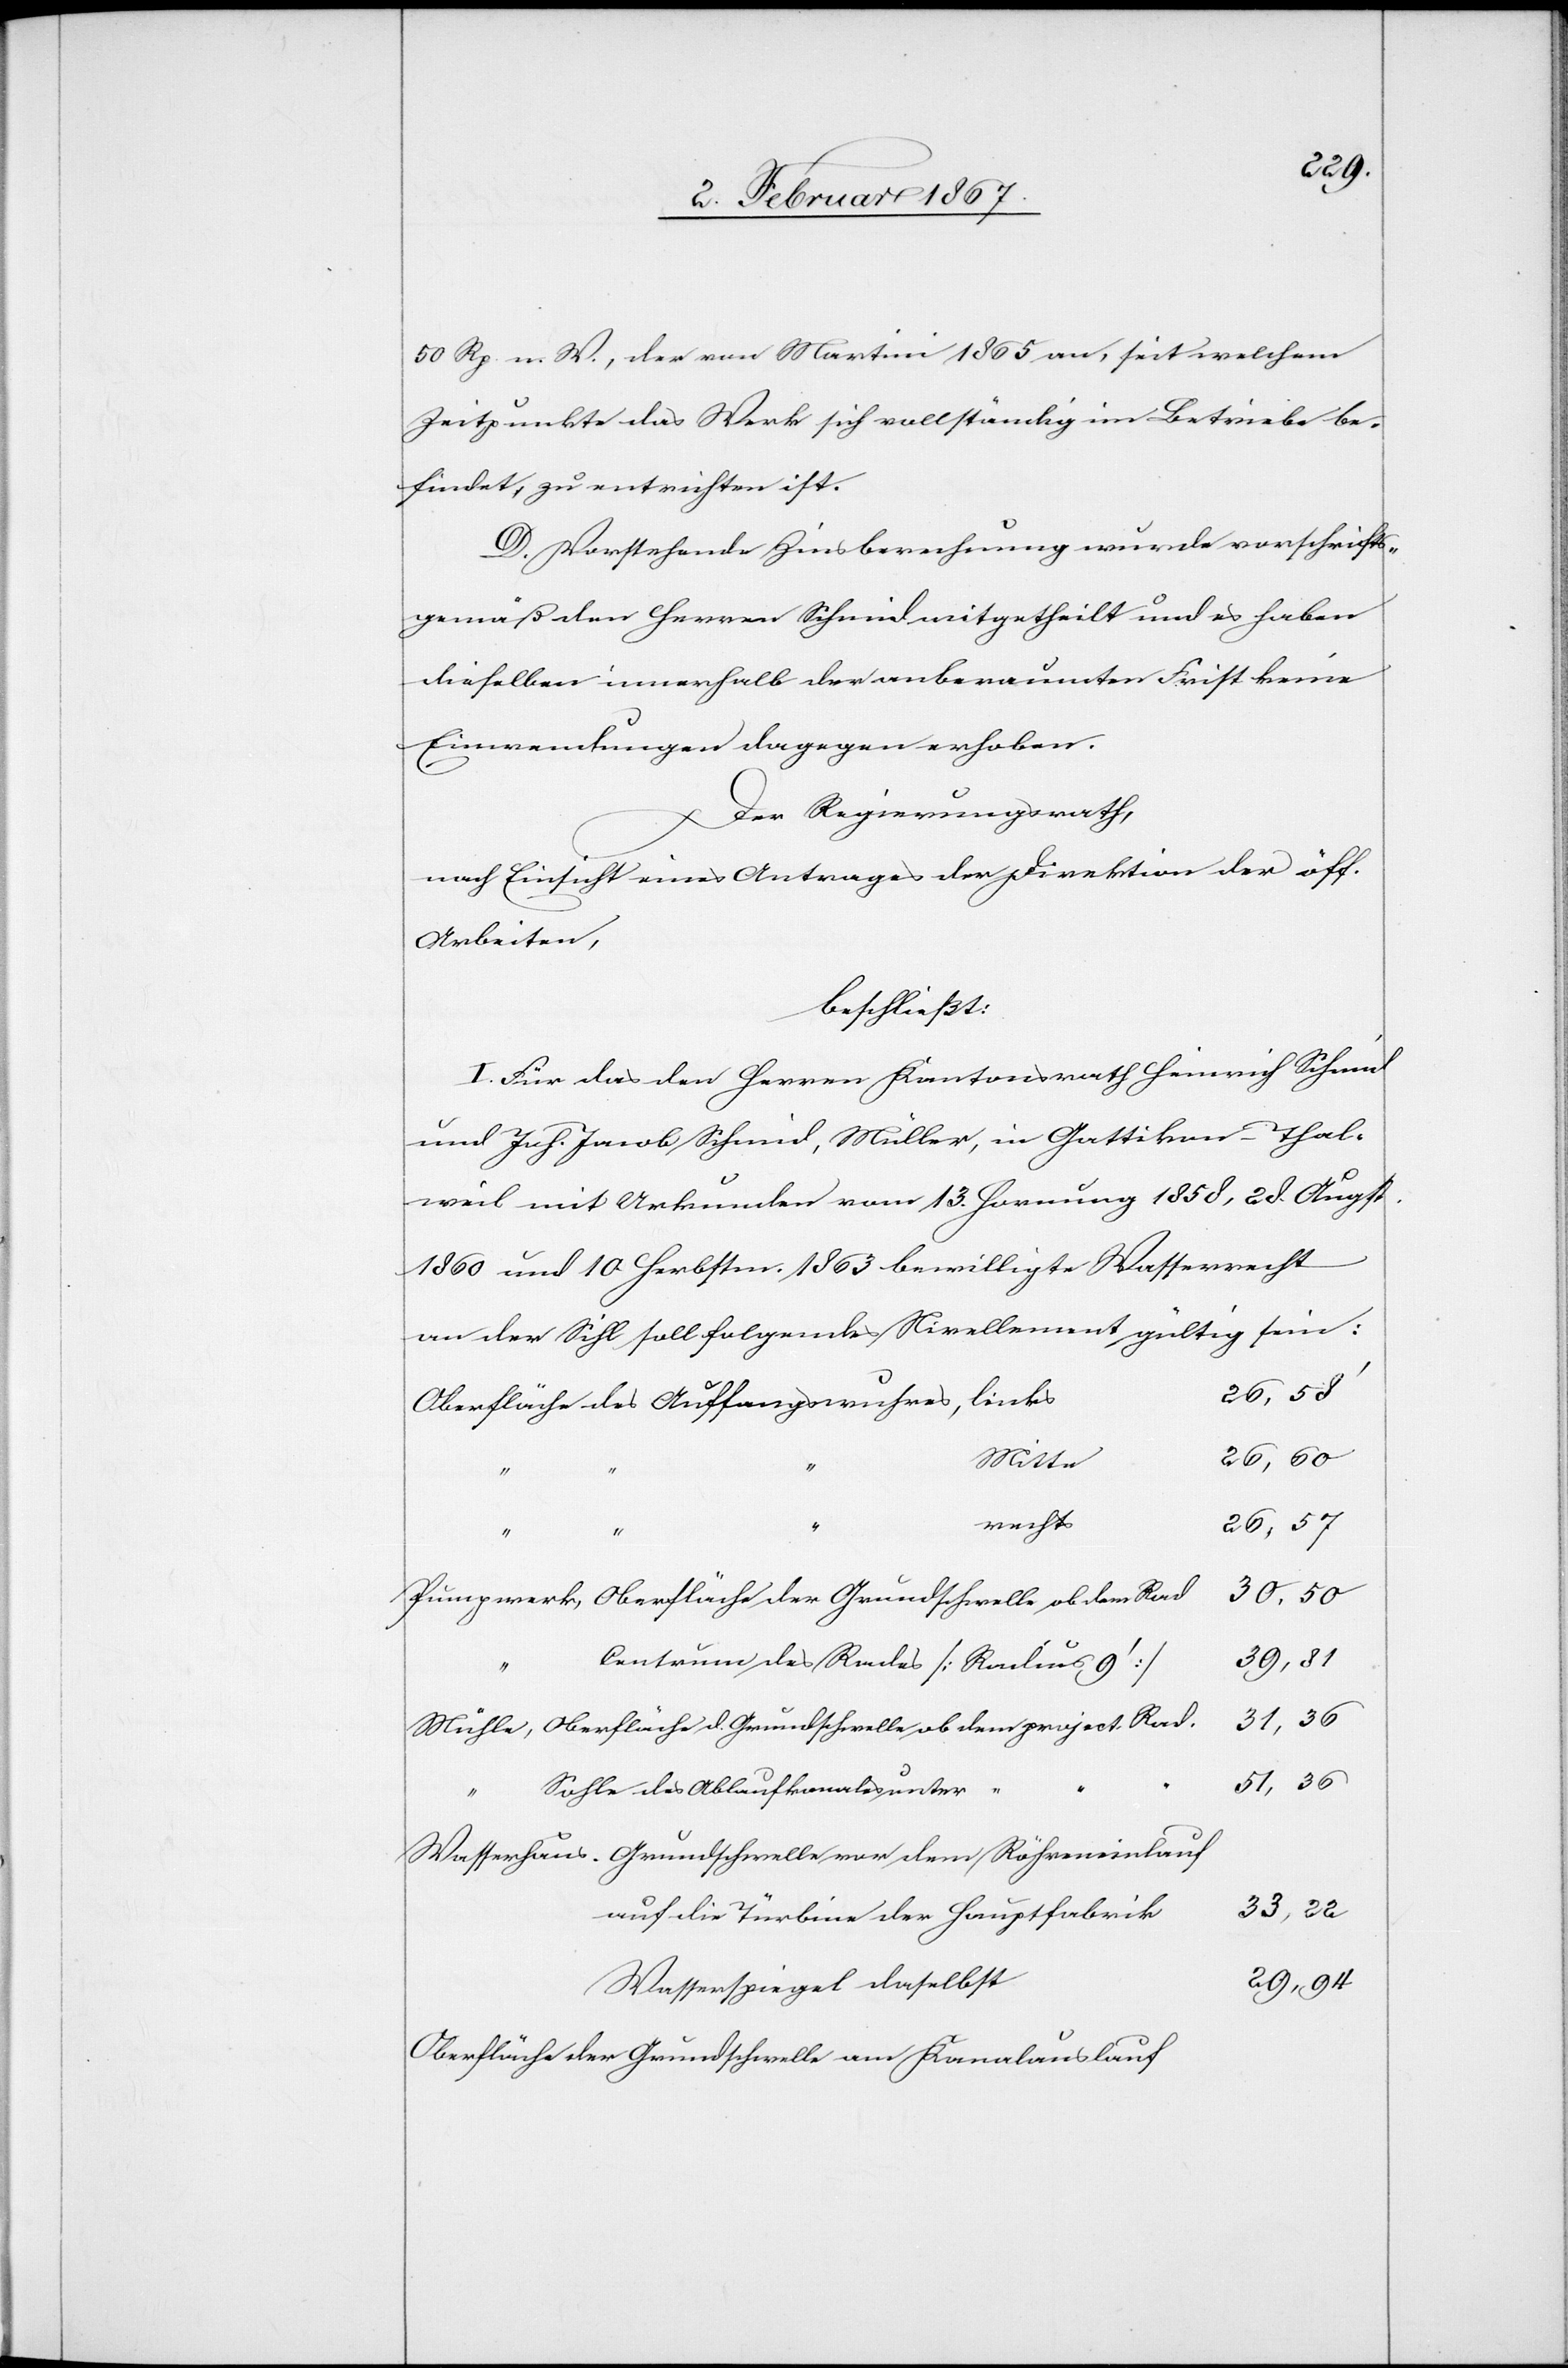
50 Rp. n. W., der von Martini 1865 an, seit welchem
Zeitpunkte das Werk sich vollständig im Betriebe be¬
findet, zu entrichten ist.
D. Vorstehende Zinsberechnung wurde vorschrifts¬
gemäß den Herren Schmid mitgetheilt und es haben
dieselben innerhalb der anberaumten Frist keine
Einwendungen dagegen erhoben.
Der Regierungsrath,
nach Einsicht eines Antrages der Direktion der öff.
Arbeiten,
beschließt:
I. Für das den Herren Kantonsrath Heinrich Schmid
und Joh. Jacob Schmid, Müller, in Gattikon-Thal¬
weil mit Urkunde vom 13. Hornung 1858, 28. Augst.
1860 und 10. Herbstm. 1863 bewilligte Wasserrecht
an der Sihl soll folgendes Nivellement gültig sein:
Oberfläche des Auffangswuhres,
Pumpwerk, Oberfläche der Grundschwelle ob dem
Centrum des Rades [Radius
Mühle, Oberfläche d. Grundschwelle ob dem project.
Sohle des Ablaufkanales unter “
Wasserhaus. 	Grundschwelle von dem Röhreneinlauf
Oberfläche der Grundschwelle am Kanalauslauf